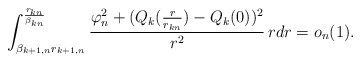
\begin{align*}\int_{\beta_{k+1,n}r_{k+1,n}}^{\frac{r_{kn}}{\beta_{kn}}}\frac{\varphi_n^2+(Q_k(\frac{r}{r_{kn}})-Q_k(0))^2}{r^2}\,rdr=o_n(1).\end{align*}